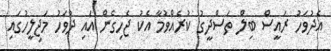
އެދުވަހު ރައީސް ބިލް ތަސްދީގު ކުރެއްވުމާ އެކު ޖެހިގެން އައި ދުވަހު މަޖިލީހުގައި